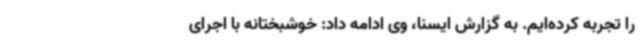
را تجربه کرده‌ایم. به گزارش ایسنا، وی ادامه داد: خوشبختانه با اجرای